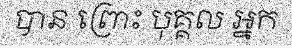
បាន ព្រោះ បុគ្គល អ្នក